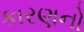
કારણનો